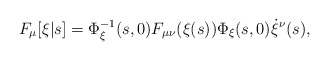
\begin{align*}F_\mu[\xi|s] = \Phi_\xi^{-1}(s,0) F_{\mu\nu}(\xi(s)) \Phi_\xi(s,0) \dot{\xi}^\nu(s),\end{align*}